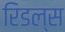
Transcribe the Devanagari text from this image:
रिडल्स